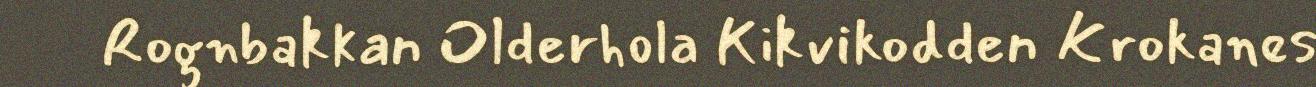
Rognbakkan Olderhola Kikvikodden Krokanes